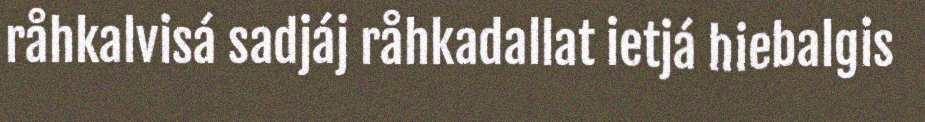
råhkalvisá sadjáj råhkadallat ietjá hiebalgis